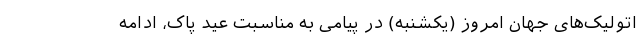
اتولیک‌های جهان امروز (یکشنبه) در پیامی به مناسبت عید پاک، ادامه